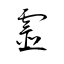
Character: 霊